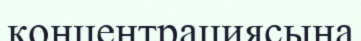
концентрациясына